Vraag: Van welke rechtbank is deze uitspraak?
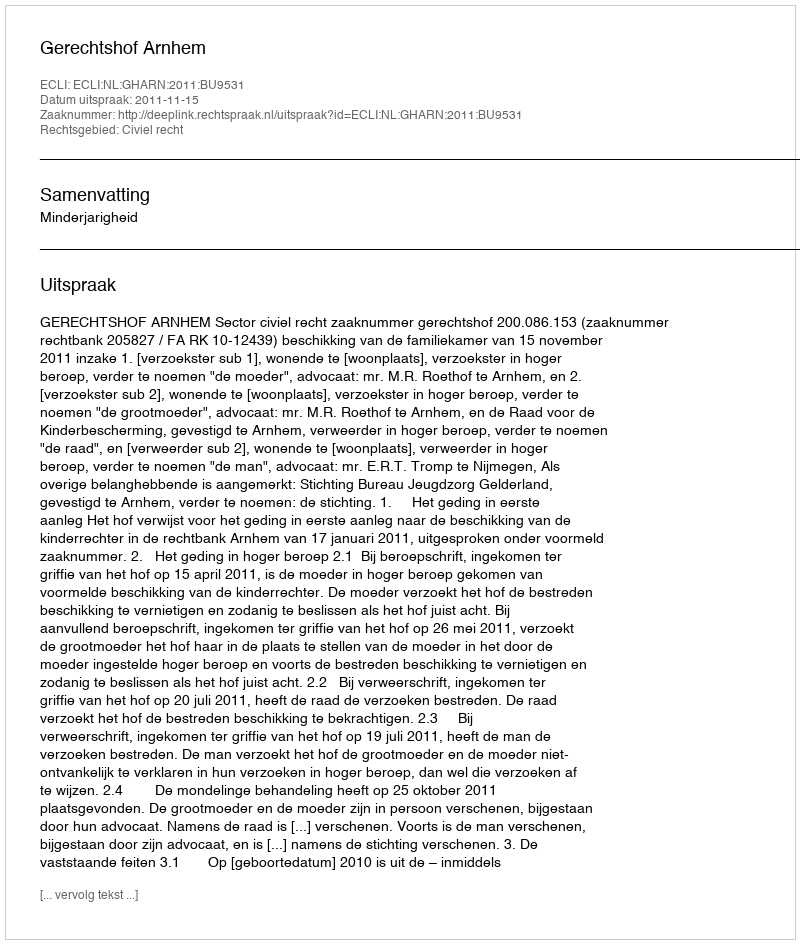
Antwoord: Gerechtshof Arnhem